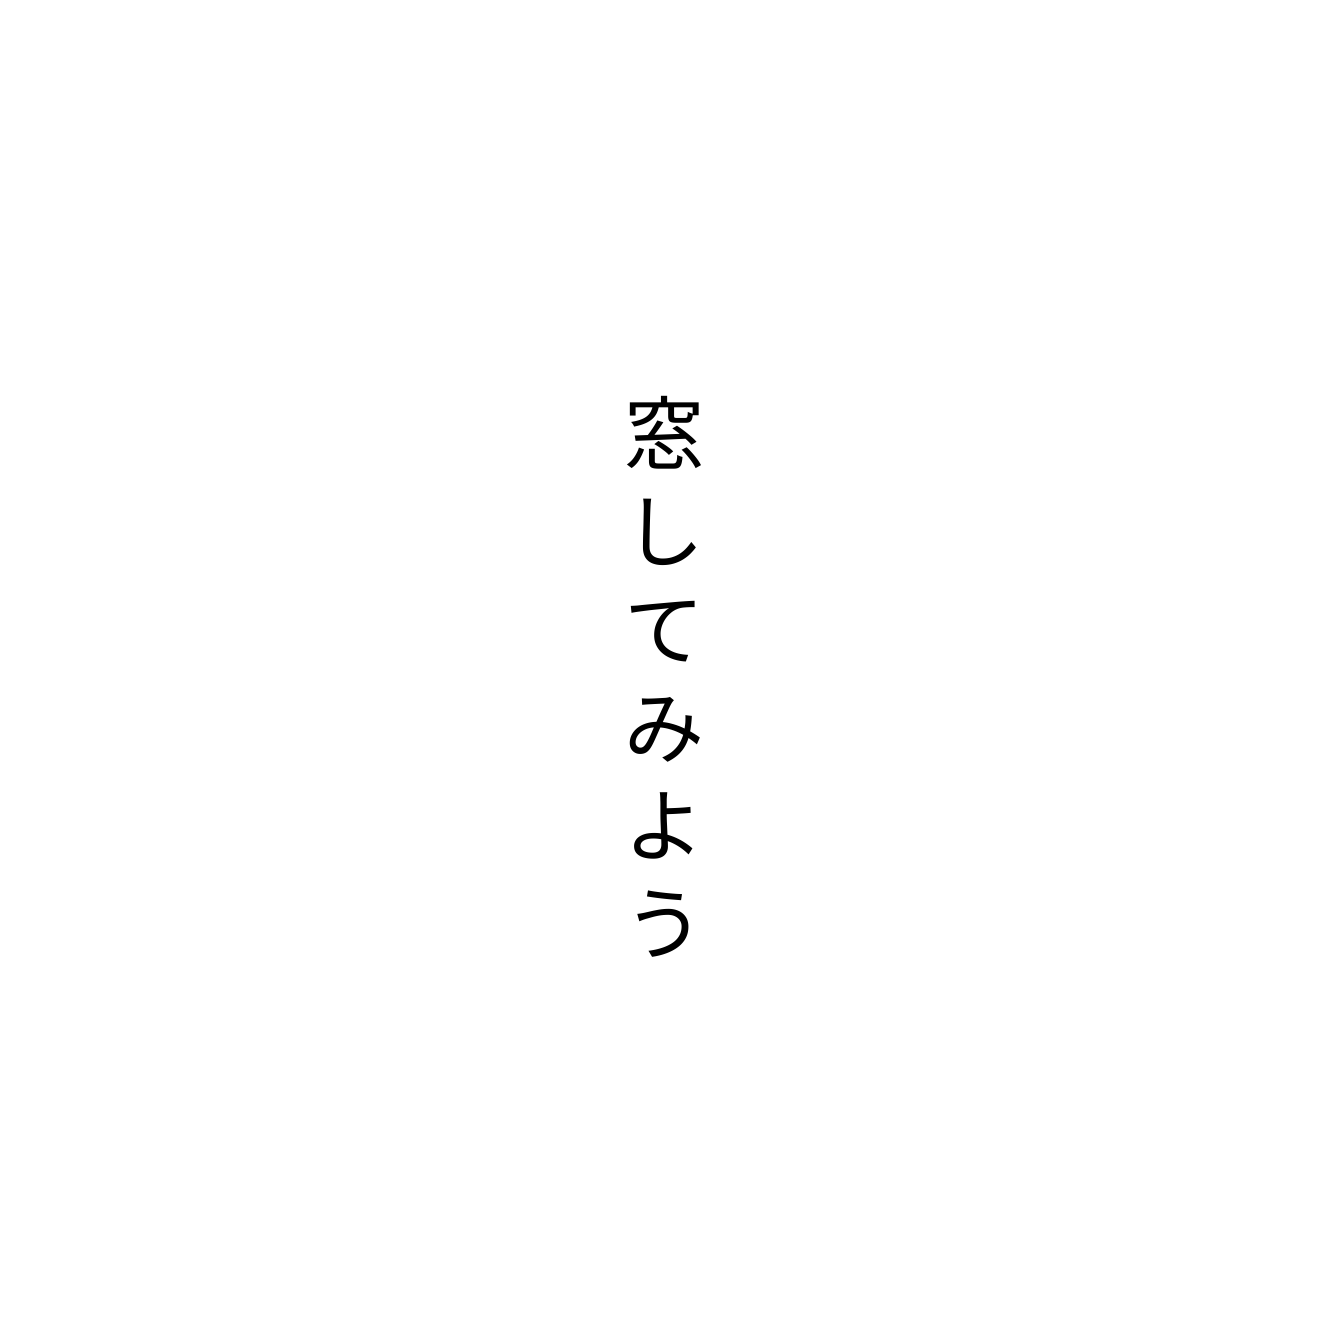
窓してみよう